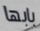
بابها